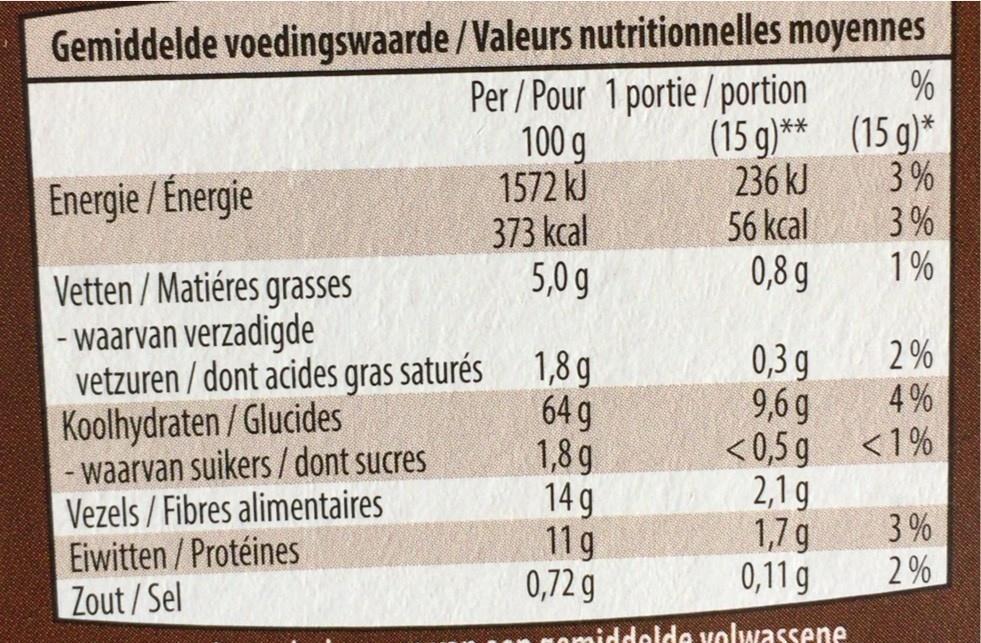
Gemiddelde voedingswaarde /Valeurs nutritionnelles moyennes Per / Pour 1 portie / portion 100 g 1572 kJ 373 kcal 5,0 g
%
(15 g)** (15 g)* 236 kJ 56 kcal 0,8 g
3%
Energie / Énergie
3 % 1 %
Vetten / Matiéres grasses - waarvan verzadigde vetzuren / dont acides gras saturés Koolhydraten / Glucides - waarvan suikers/ dont sucres Vezels / Fibres alimentaires Eiwitten / Protéines Zout/Sel
2 %
1,8 g 64 g 1,8 g 14 g 11g 0,72 g
0,3 g 9,6 g <0,5 g 2,1 g 1,7g 0,11 g
4%
<1%
3 %
2 %
Comiddelde volwassene